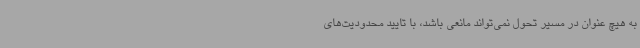
به هیچ عنوان در مسیر تحول نمی‌تواند مانعی باشد، با تایید محدودیت‌های